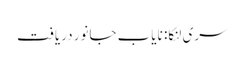
سری لنکا: نایاب جانور دریافت